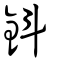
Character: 鈄